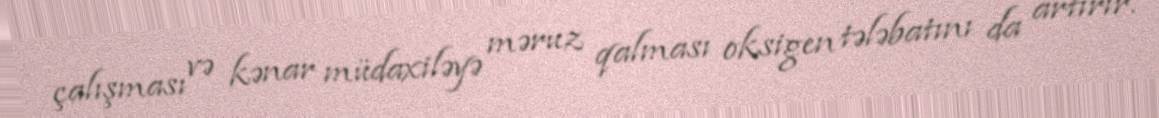
çalışması və kənar müdaxiləyə məruz qalması oksigen tələbatını da artırır.